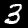
Digit: 3